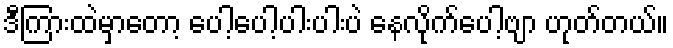
ဒီကြားထဲမှာတော့ ပေါ့ပေါ့ပါးပါးပဲ နေလိုက်ပေါ့ဗျာ ဟုတ်တယ်။